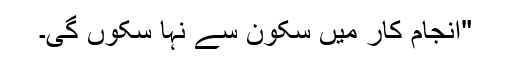
"انجام کار میں سکون سے نہا سکوں گی۔